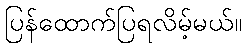
ပြန်ထောက်ပြရလိမ့်မယ်။